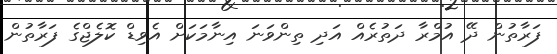
ފަރާތުން ދޭ އުމްރާ ދަތުރެއް އަދި ތިންވަނަ އިނާމަކަށް އެވިޑް ކޮލެޖްގެ ފަރާތުން